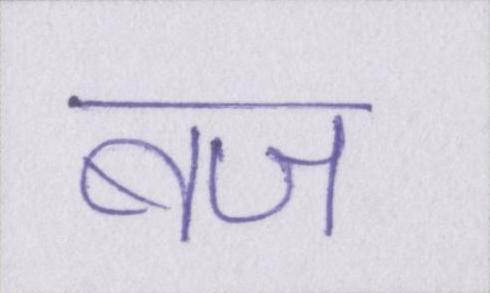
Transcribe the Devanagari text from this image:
बज